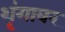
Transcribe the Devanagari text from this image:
शृंगावर